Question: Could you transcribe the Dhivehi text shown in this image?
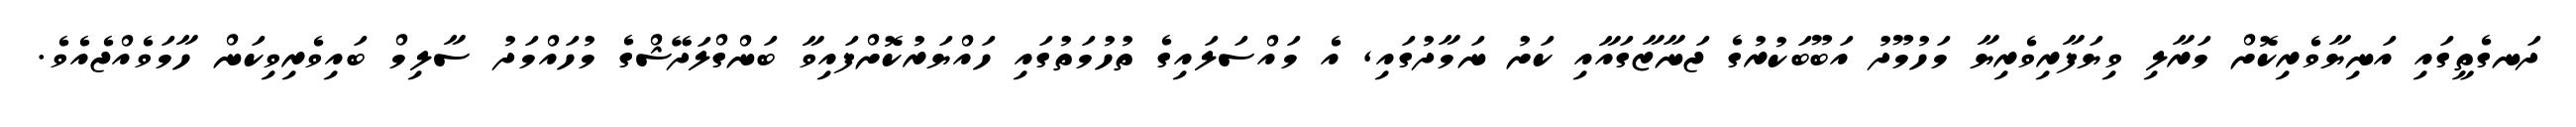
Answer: ދަނގެތީގައި އަނިޔާވެރިކޮށް މަރާލި ވިޔަފާރިވެރިޔާ މަހުމޫދު އަބޫބަކުރުގެ ޖަނާޒާގައާއި ކަށު ނަމާދުގައި, އެ މައްސަލައިގެ ތުހުމަތުގައި ހައްޔަރުކޮށްފައިވާ ބަންގްލަދޭޝްގެ މުހައްމަދު ސާލިމް ބައިވެރިވިކަން ހާމަވެއްޖެއެވެ.